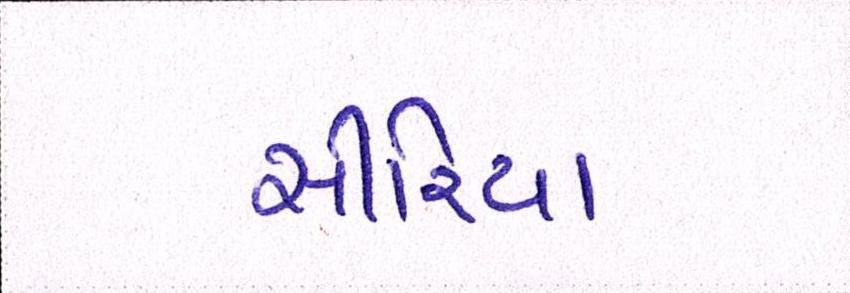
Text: સીરિયા